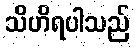
သိဟိရပါသည်